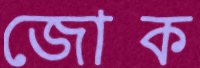
জোক